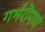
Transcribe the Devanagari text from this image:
गर्भरोपण